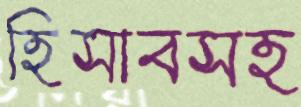
হিসাবসহ